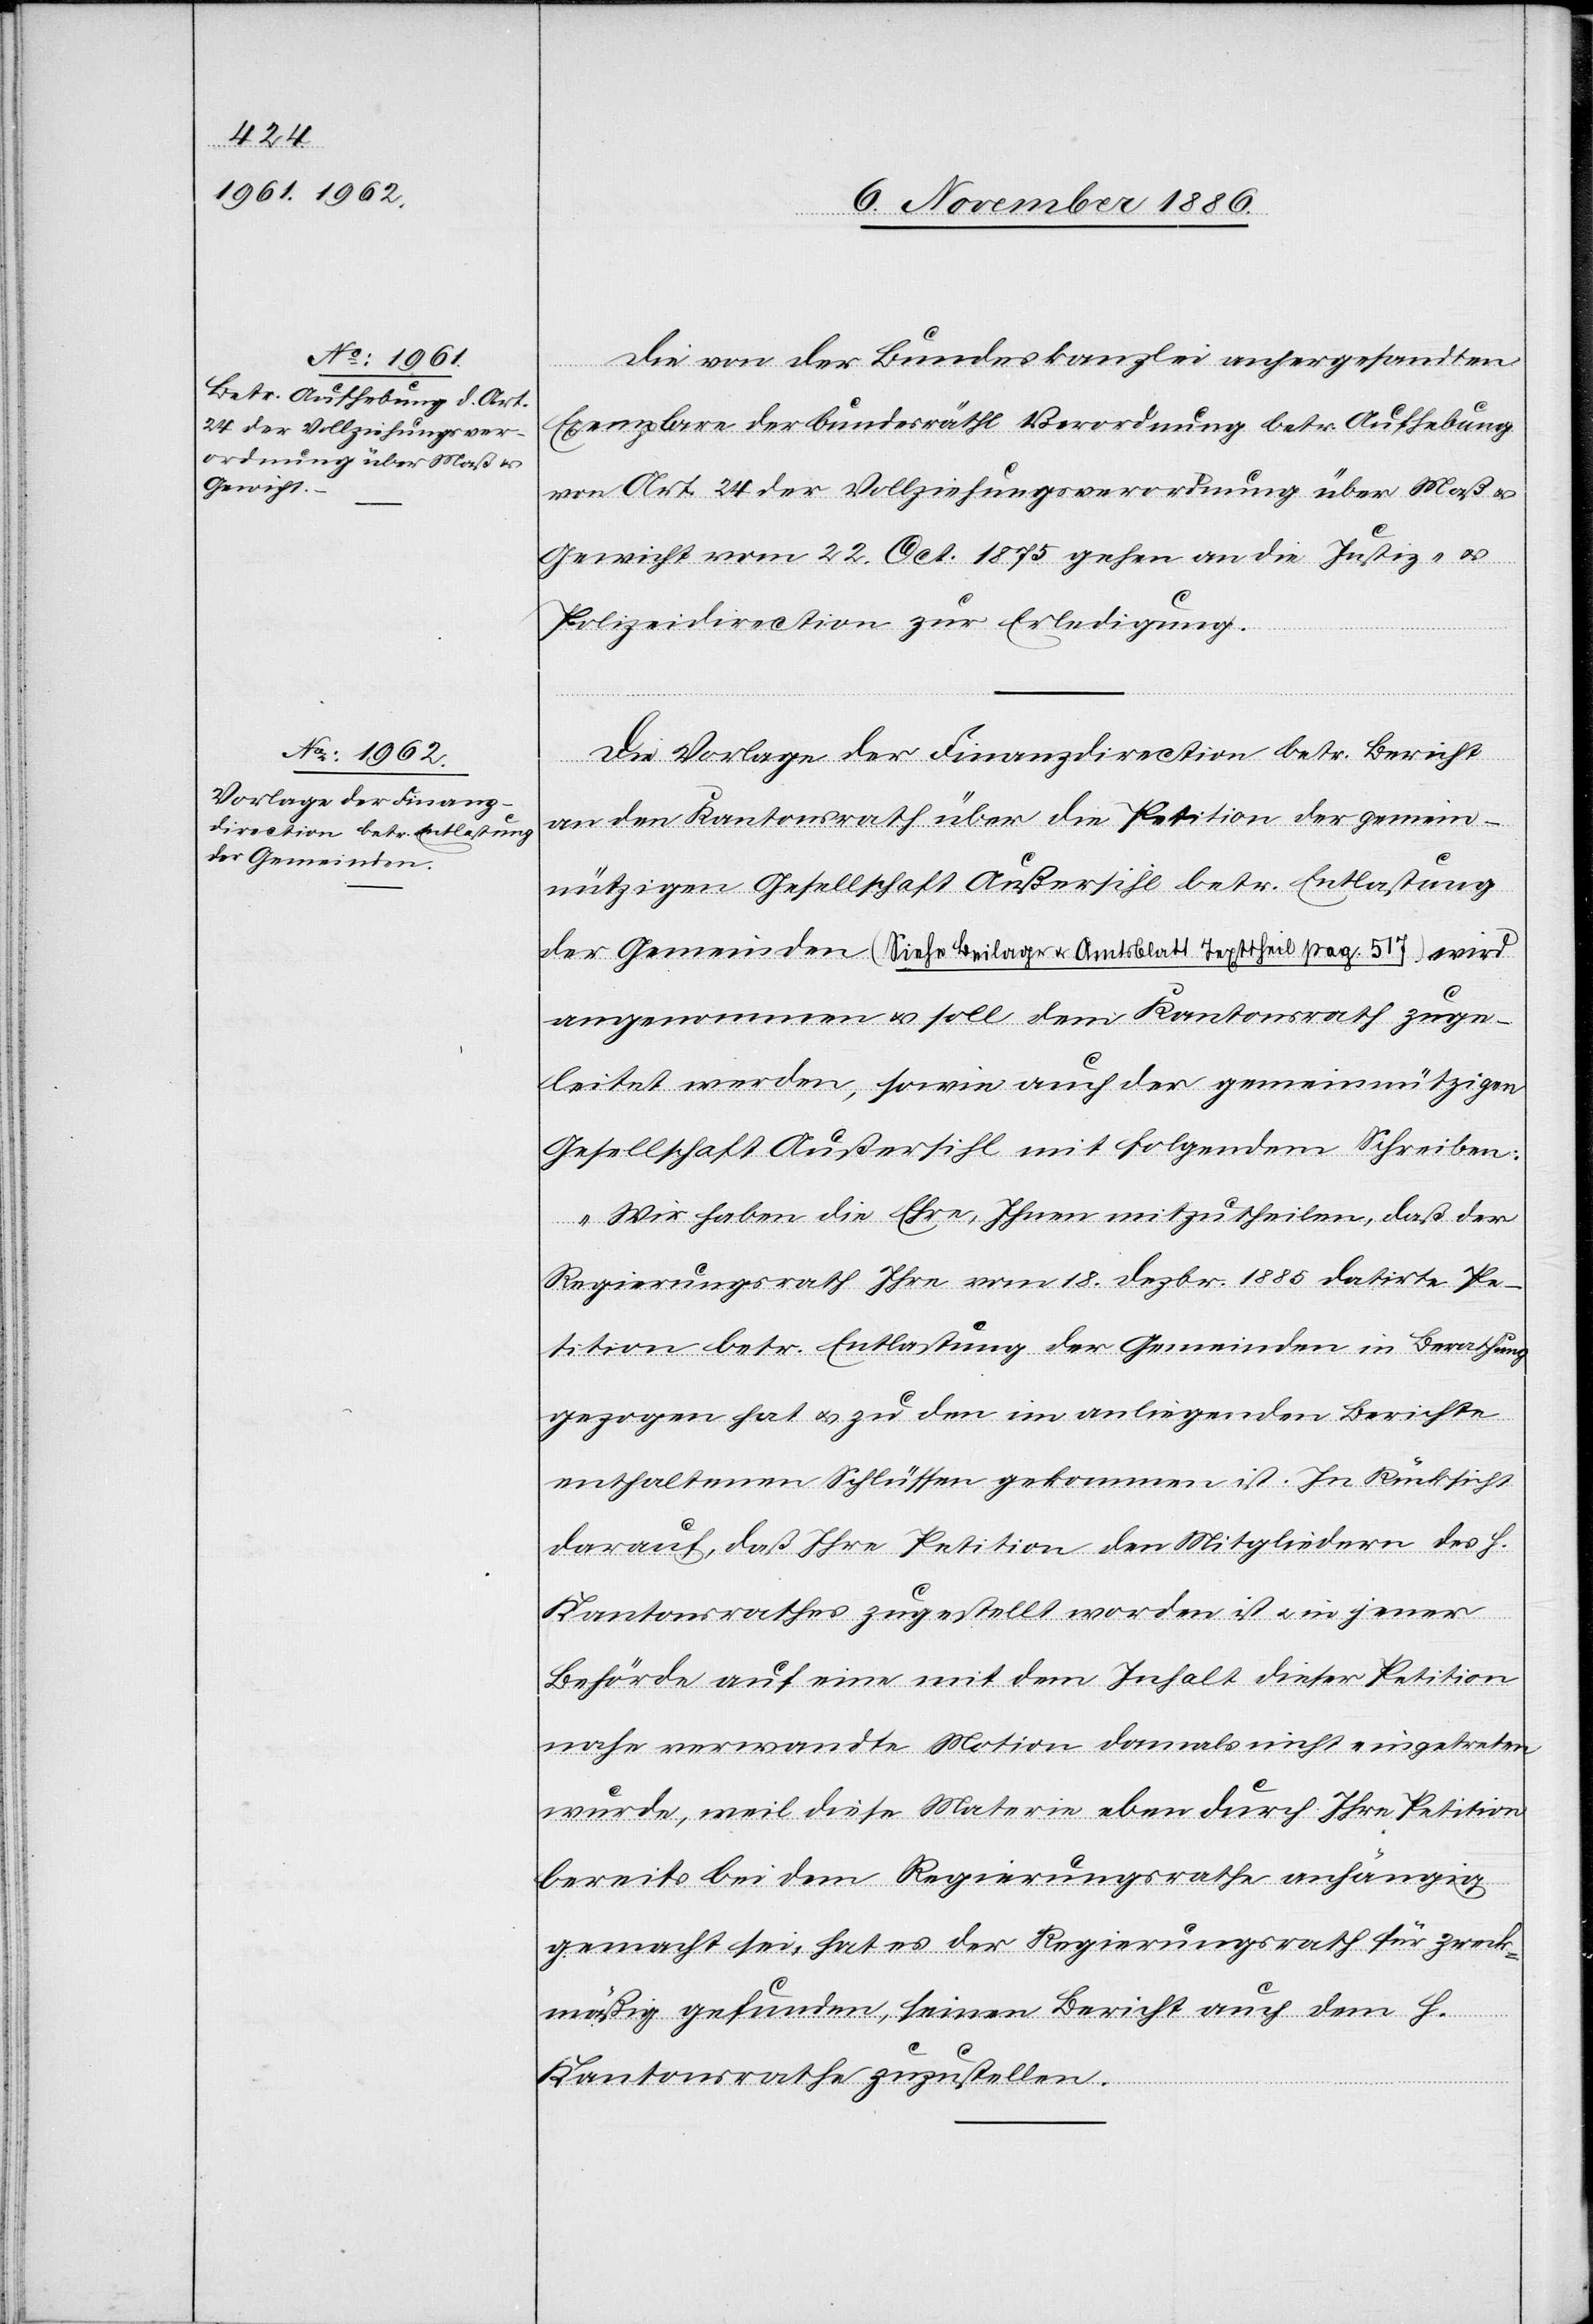
Die von der Bundeskanzlei anhergesandten
Exemplare der bundesräthl. Verordnung betr. Aufhebung
von Art. 24 der Vollziehungsverordnung über Maß &
Gewicht vom 22. Oct. 1875 gehen an die Justiz- &
Polizeidirection zur Erledigung.
Die Vorlage der Finanzdirection betr. Bericht
an den Kantonsrath über die Petition der gemein¬
nützigen Gesellschaft Außersihl betr. Entlastung
der Gemeinden (Siehe Beilage & Amtsblatt Texttheil pag. 517) wird
angenommen & soll dem Kantonsrath zuge¬
leitet werden, sowie auch der gemeinnützigen
Gesellschaft Außersihl mit folgendem Schreiben:
„Wir haben die Ehre, Ihnen mitzutheilen, daß der
Regierungsrath Ihre vom 18. Dezbr. 1885 datirte Pe¬
tition betr. Entlastung der Gemeinden in Berathung
gezogen hat & zu den im anliegenden Berichte
enthaltenen Schlüssen gekommen ist. In Rücksicht
darauf, daß Ihre Petition den Mitgliedern des h.
Kantonsrathes zugestellt worden ist & in jener
Behörde auf eine mit dem Inhalt dieser Petition
nahe verwandte Motion damals nicht eingetreten
wurde, weil diese Materie eben durch Ihre Petition
bereits bei dem Regierungsrathe anhängig
gemacht sei, hat es der Regierungsrath für zweck¬
mäßig gefunden, seinen Bericht auch dem h.
Kantonsrathe zuzustellen.